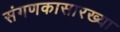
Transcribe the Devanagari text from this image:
संगणकासारख्या